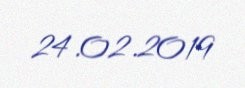
24.02.2019